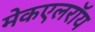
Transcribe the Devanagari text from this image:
मेकएलरॉय